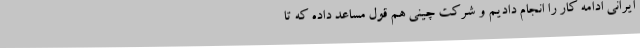
ایرانی ادامه کار را انجام دادیم و شرکت چینی هم قول مساعد داده که تا